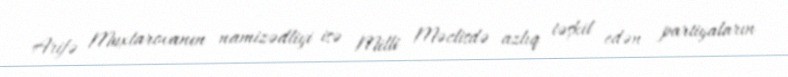
Arifə Muxtarovanın namizədliyi isə Milli Məclisdə azlıq təşkil edən partiyaların